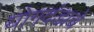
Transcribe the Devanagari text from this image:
योगदंडाचे